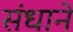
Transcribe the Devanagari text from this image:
संधाने